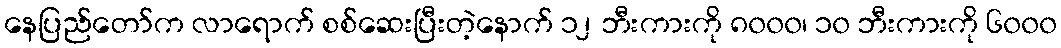
နေပြည်တော်က လာရောက် စစ်ဆေးပြီးတဲ့နောက် ၁၂ ဘီးကားကို ၈၀၀၀၊ ၁၀ ဘီးကားကို ၆၀၀၀